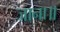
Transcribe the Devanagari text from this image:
जाना॥